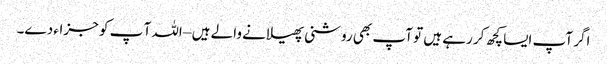
اگر آپ ایسا کچھ کر رہے ہیں تو آپ بھی روشنی پھیلانے والے ہیں – اللہ آ پ کو جزاء دے۔